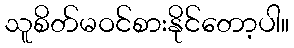
သူစိတ်မဝင်စားနိုင်တော့ပါ။